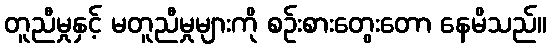
တူညီမှုနှင့် မတူညီမှုများကို စဉ်းစားတွေးတော နေမိသည်။